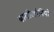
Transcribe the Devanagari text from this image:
बाबीलोनियो